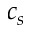
c _ { s }